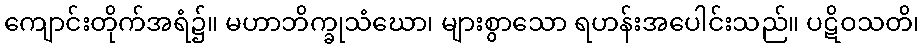
ကျောင်းတိုက်အရံ၌။ မဟာဘိက္ခုသံဃော၊ များစွာသော ရဟန်းအပေါင်းသည်။ ပဋိဝသတိ၊